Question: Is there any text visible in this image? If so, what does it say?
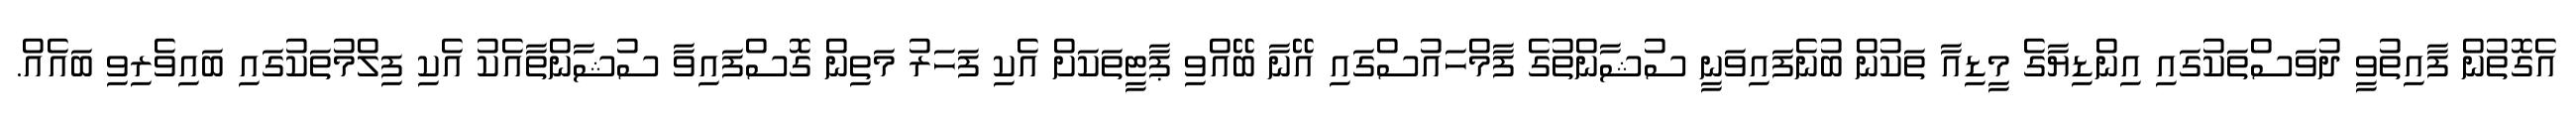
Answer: އެގޮތުން ފާއިތުވީ ދުވަސްތަކުގައި އިންޑިޔާގެ މީޑިއާ ތަކުން ބުނެފައިވަނީ ސުޝާންތުގެ ފާމްހައުސްގައި އޭނާ ބޭއްވި ޕާޓީތަކަށް އެކި ފަހަރު މަތިން ގޮސްފައިވާ ސުޝާންތާއެކު އެކި ފިލްމުތަކުގައި ބައިވެރިވި ބައެއް.